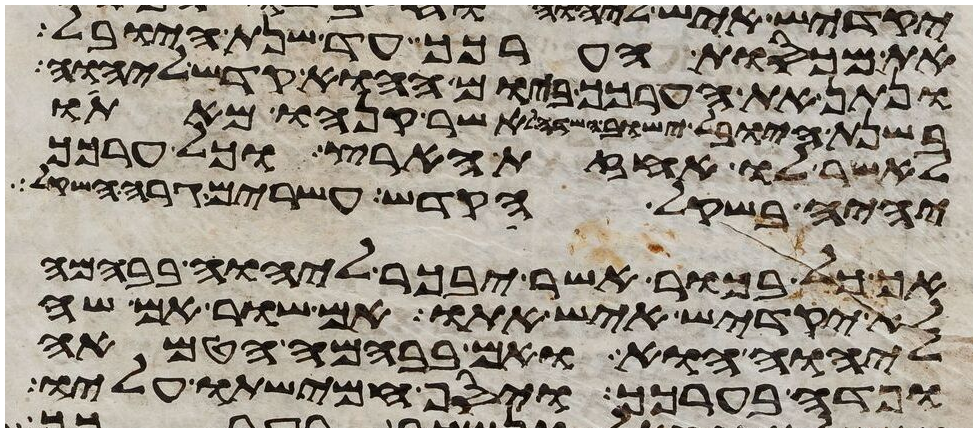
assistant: את מכסות הערכך עד שנת היובל
ונתן את הערכך ביום ההוא קדש ליהוה
בשנת היובל ישוב השדה לאשר קנהו מאתו
לאשר לו אחזת הארץ וכל ערכך
יהיה בשקל הקדש עשרים גרה השקל
אך כל בכור אשר יבכר ליהוה בבהמה
לא יקדיש איש אתו אם שור אם שה
ליהוה הוא ואם בבהמה הטמאה
ופדה בערכך ויסף חמישתו עליו